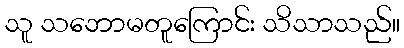
သူ သဘောမတူကြောင်း သိသာသည်။